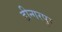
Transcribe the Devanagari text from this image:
डीन्गरपुर